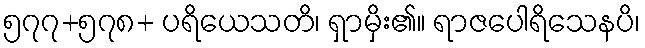
၅၇၇+၅၇၈+ ပရိယေသတိ၊ ရှာမှိး၏။ ရာဇပေါရိသေနပိ၊